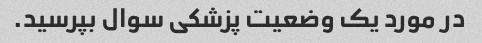
در مورد یک وضعیت پزشکی سوال بپرسید.